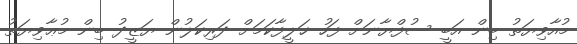
މުއާވިޔަތު ބިން އަބީ ސުފްޔާނަށް ފަހު ޚަލީފާކަމަށް ދަރިކަލުން ޔަޒީދު ބިން މުޢާވިޔަތު